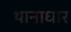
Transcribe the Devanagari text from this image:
थानाधार